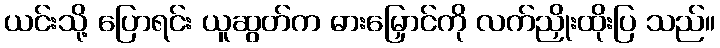
ယင်းသို့ ပြောရင်း ယူဆွတ်က ဓားမြှောင်ကို လက်ညှိုးထိုးပြ သည်။